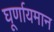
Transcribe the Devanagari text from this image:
घूर्णायमान